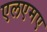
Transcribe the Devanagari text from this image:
एलएमए